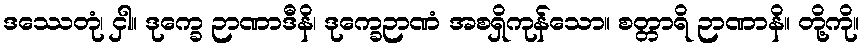
ဒဿေတုံ၊ ငှါ။ ဒုက္ခေ ဉာဏာဒီနိ၊ ဒုက္ခေဉာဏံ အစရှိကုန်သော။ စတ္တာရိ ဉာဏာနိ။ တို့ကို။